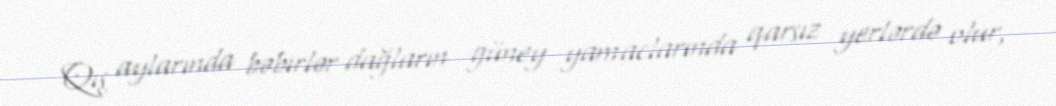
Qış aylarında bəbirlər dağların güney yamaclarında qarsız yerlərdə olur,